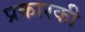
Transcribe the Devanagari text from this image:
प्रकारकी